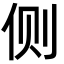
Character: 侧